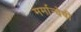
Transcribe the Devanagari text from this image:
मर्मान्‍वेषी